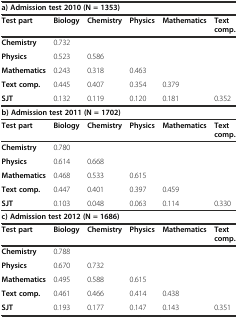
| <COLSPAN=6> a) Admission test 2010 (N = 1353) |
 | Test part | Biology | Chemistry | Physics | Mathematics | Text comp. |
 | --- | --- | --- | --- | --- | --- |
 | Chemistry | 0.732 |  |  |  |  |
 | Physics | 0.523 | 0.586 |  |  |  |
 | Mathematics | 0.243 | 0.318 | 0.463 |  |  |
 | Text comp. | 0.445 | 0.407 | 0.354 | 0.379 |  |
 | SJT | 0.132 | 0.119 | 0.120 | 0.181 | 0.352 |
 | <COLSPAN=6> b) Admission test 2011 (N = 1702) |
 | Test part | Biology | Chemistry | Physics | Mathematics | Text comp. |
 | Chemistry | 0.780 |  |  |  |  |
 | Physics | 0.614 | 0.668 |  |  |  |
 | Mathematics | 0.468 | 0.533 | 0.615 |  |  |
 | Text comp. | 0.447 | 0.401 | 0.397 | 0.459 |  |
 | SJT | 0.103 | 0.048 | 0.063 | 0.114 | 0.330 |
 | <COLSPAN=6> c) Admission test 2012 (N = 1686) |
 | Test part | Biology | Chemistry | Physics | Mathematics | Text comp. |
 | Chemistry | 0.788 |  |  |  |  |
 | Physics | 0.670 | 0.732 |  |  |  |
 | Mathematics | 0.495 | 0.588 | 0.615 |  |  |
 | Text comp. | 0.461 | 0.466 | 0.414 | 0.438 |  |
 | SJT | 0.193 | 0.177 | 0.147 | 0.143 | 0.351 |